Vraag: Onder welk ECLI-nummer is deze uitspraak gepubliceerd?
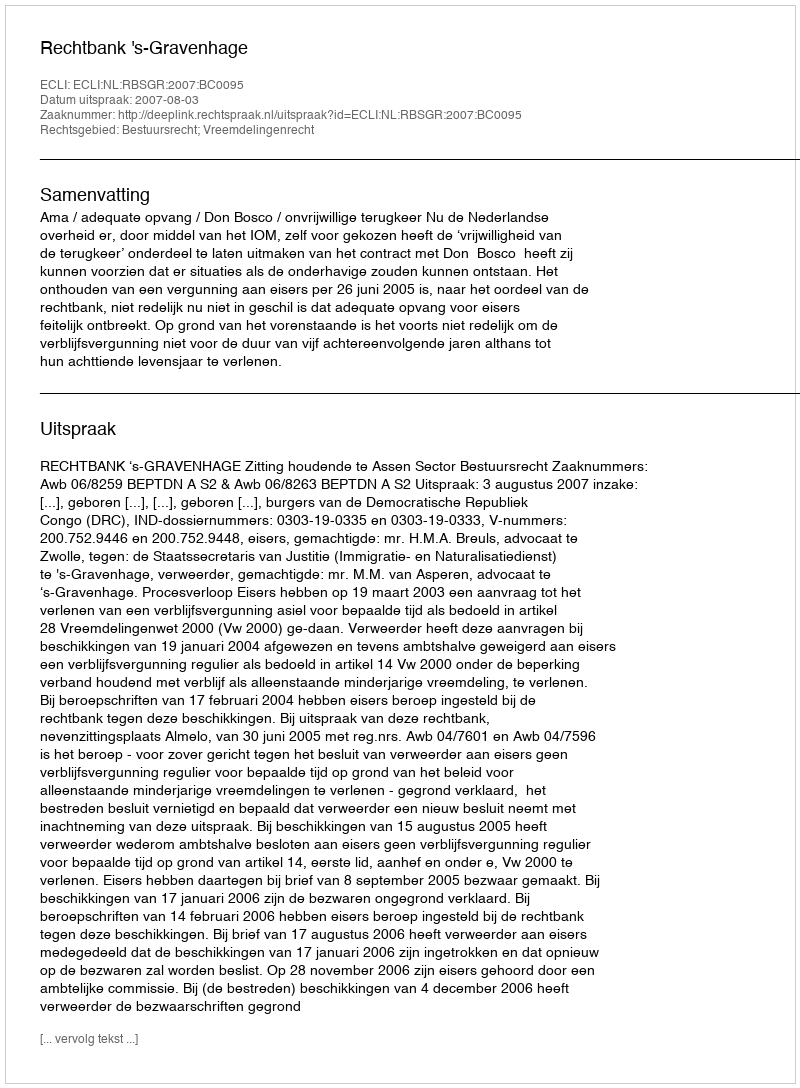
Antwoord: ECLI:NL:RBSGR:2007:BC0095